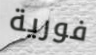
فورية